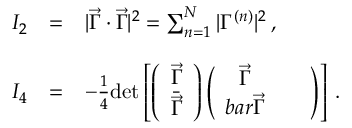
\begin{array} { r c l } { { I _ { 2 } } } & { { = } } & { { | \vec { \Gamma } \cdot \vec { \Gamma } | ^ { 2 } = \sum _ { n = 1 } ^ { N } | \Gamma ^ { ( n ) } | ^ { 2 } \, , } } \\ { { } } & { { } } & { { } } \\ { { I _ { 4 } } } & { { = } } & { { - \frac { 1 } { 4 } \mathrm { d e t } \left[ \left( \begin{array} { c } { { \vec { \Gamma } } } \\ { { \bar { \vec { \Gamma } } } } \end{array} \right) \left( \begin{array} { c c } { { \vec { \Gamma } } } & { { \ \ } } \\ { { b a r { \vec { \Gamma } } } } \end{array} \right) \right] \, . } } \end{array}